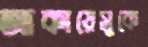
আকায়েসুকে